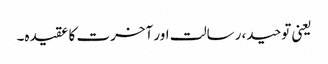
یعنی توحید، رسالت اور آخرت کا عقیدہ۔